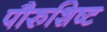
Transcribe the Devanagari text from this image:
पौरुशिष्ट